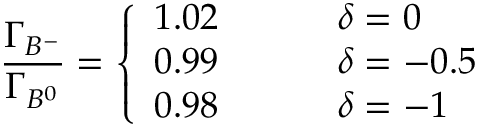
{ \frac { \Gamma _ { B ^ { - } } } { \Gamma _ { B ^ { 0 } } } } = \left\{ \begin{array} { l l } { { 1 . 0 2 \; \; \; \; \; \; \; \; } } & { { \delta = 0 } } \\ { { 0 . 9 9 \; \; \; \; \; \; \; \; } } & { { \delta = - 0 . 5 } } \\ { { 0 . 9 8 } } & { { \delta = - 1 } } \end{array} \right.